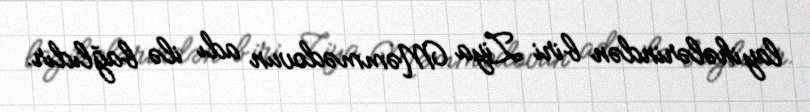
layihələrindən biri Ziya Məmmədovun adı ilə bağlıdır.